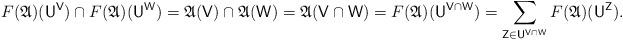
LaTeX: \begin{align*} F(\mathfrak A)(\mathsf U^{\mathsf V}) \cap F(\mathfrak A)(\mathsf U^{\mathsf W}) = \mathfrak A(\mathsf V) \cap \mathfrak A(\mathsf W) = \mathfrak A(\mathsf V \cap \mathsf W) = F(\mathfrak A)(\mathsf U^{\mathsf V \cap \mathsf W}) = \sum_{\mathsf Z \in \mathsf U^{\mathsf V \cap \mathsf W}} F(\mathfrak A)(\mathsf U^{\mathsf Z}). \end{align*}